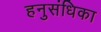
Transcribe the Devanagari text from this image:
हनुसंधिका